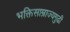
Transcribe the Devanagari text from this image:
भक्तिसाम्राज्यगुढी